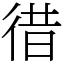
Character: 徣